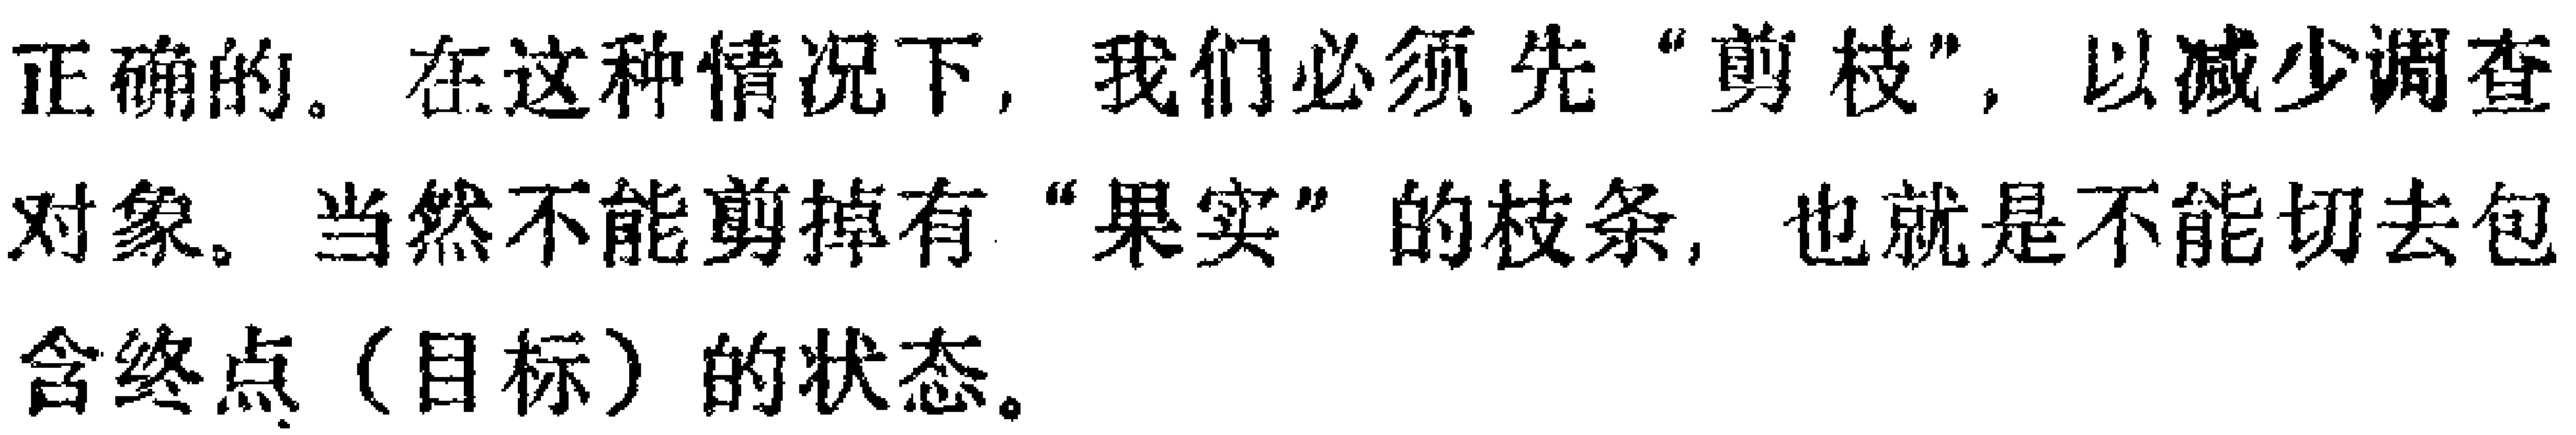
正确的。在这种情况下，我们必须先“剪枝”，以减少调查对象。当然不能剪掉有“果实”的枝条，也就是不能切去包含终点（目标）的状态。